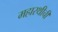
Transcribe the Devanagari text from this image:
महारथीची